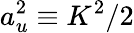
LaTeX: a_{u}^{2}\equiv K^{2}/2